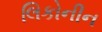
લિકોનીન